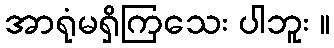
အာရုံမရှိကြသေး ပါဘူး ။